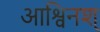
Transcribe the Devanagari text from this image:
आश्विनश्